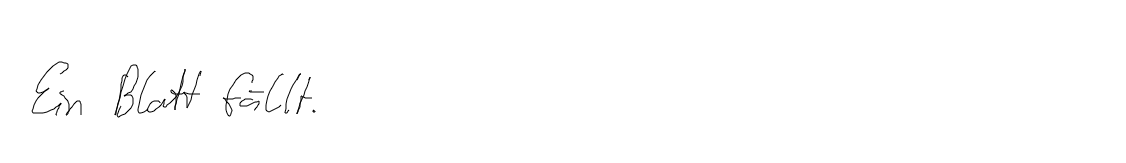
Ein Blatt fällt.